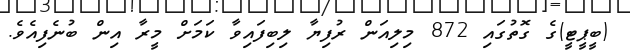
(ބީޕީޓީ)ގެ ގޮތުގައި 872 މިލިއަން ރުފިޔާ ލިބިފައިވާ ކަމަށް މީރާ އިން ބުނެފިއެވެ.